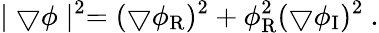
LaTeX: \mid\bigtriangledown\phi\mid^{2}=(\bigtriangledown\phi_{\mathrm{R}})^{2}+\phi_{\mathrm{R}}^{2}(\bigtriangledown\phi_{\mathrm{I}})^{2}\ .